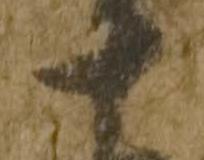
十